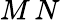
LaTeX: M\, N